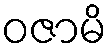
ဝဇာမိ